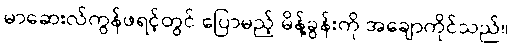
မာဆေးလ်ကွန်ဖရင့်တွင် ပြောမည့် မိန့်ခွန်းကို အချောကိုင်သည်။